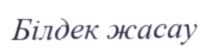
Білдек жасау